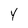
Character: Y